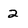
Character: 2